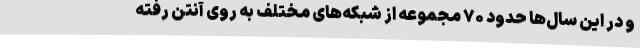
و در این سال‌ها حدود ۷۰ مجموعه از شبکه‌های مختلف به روی آنتن رفته